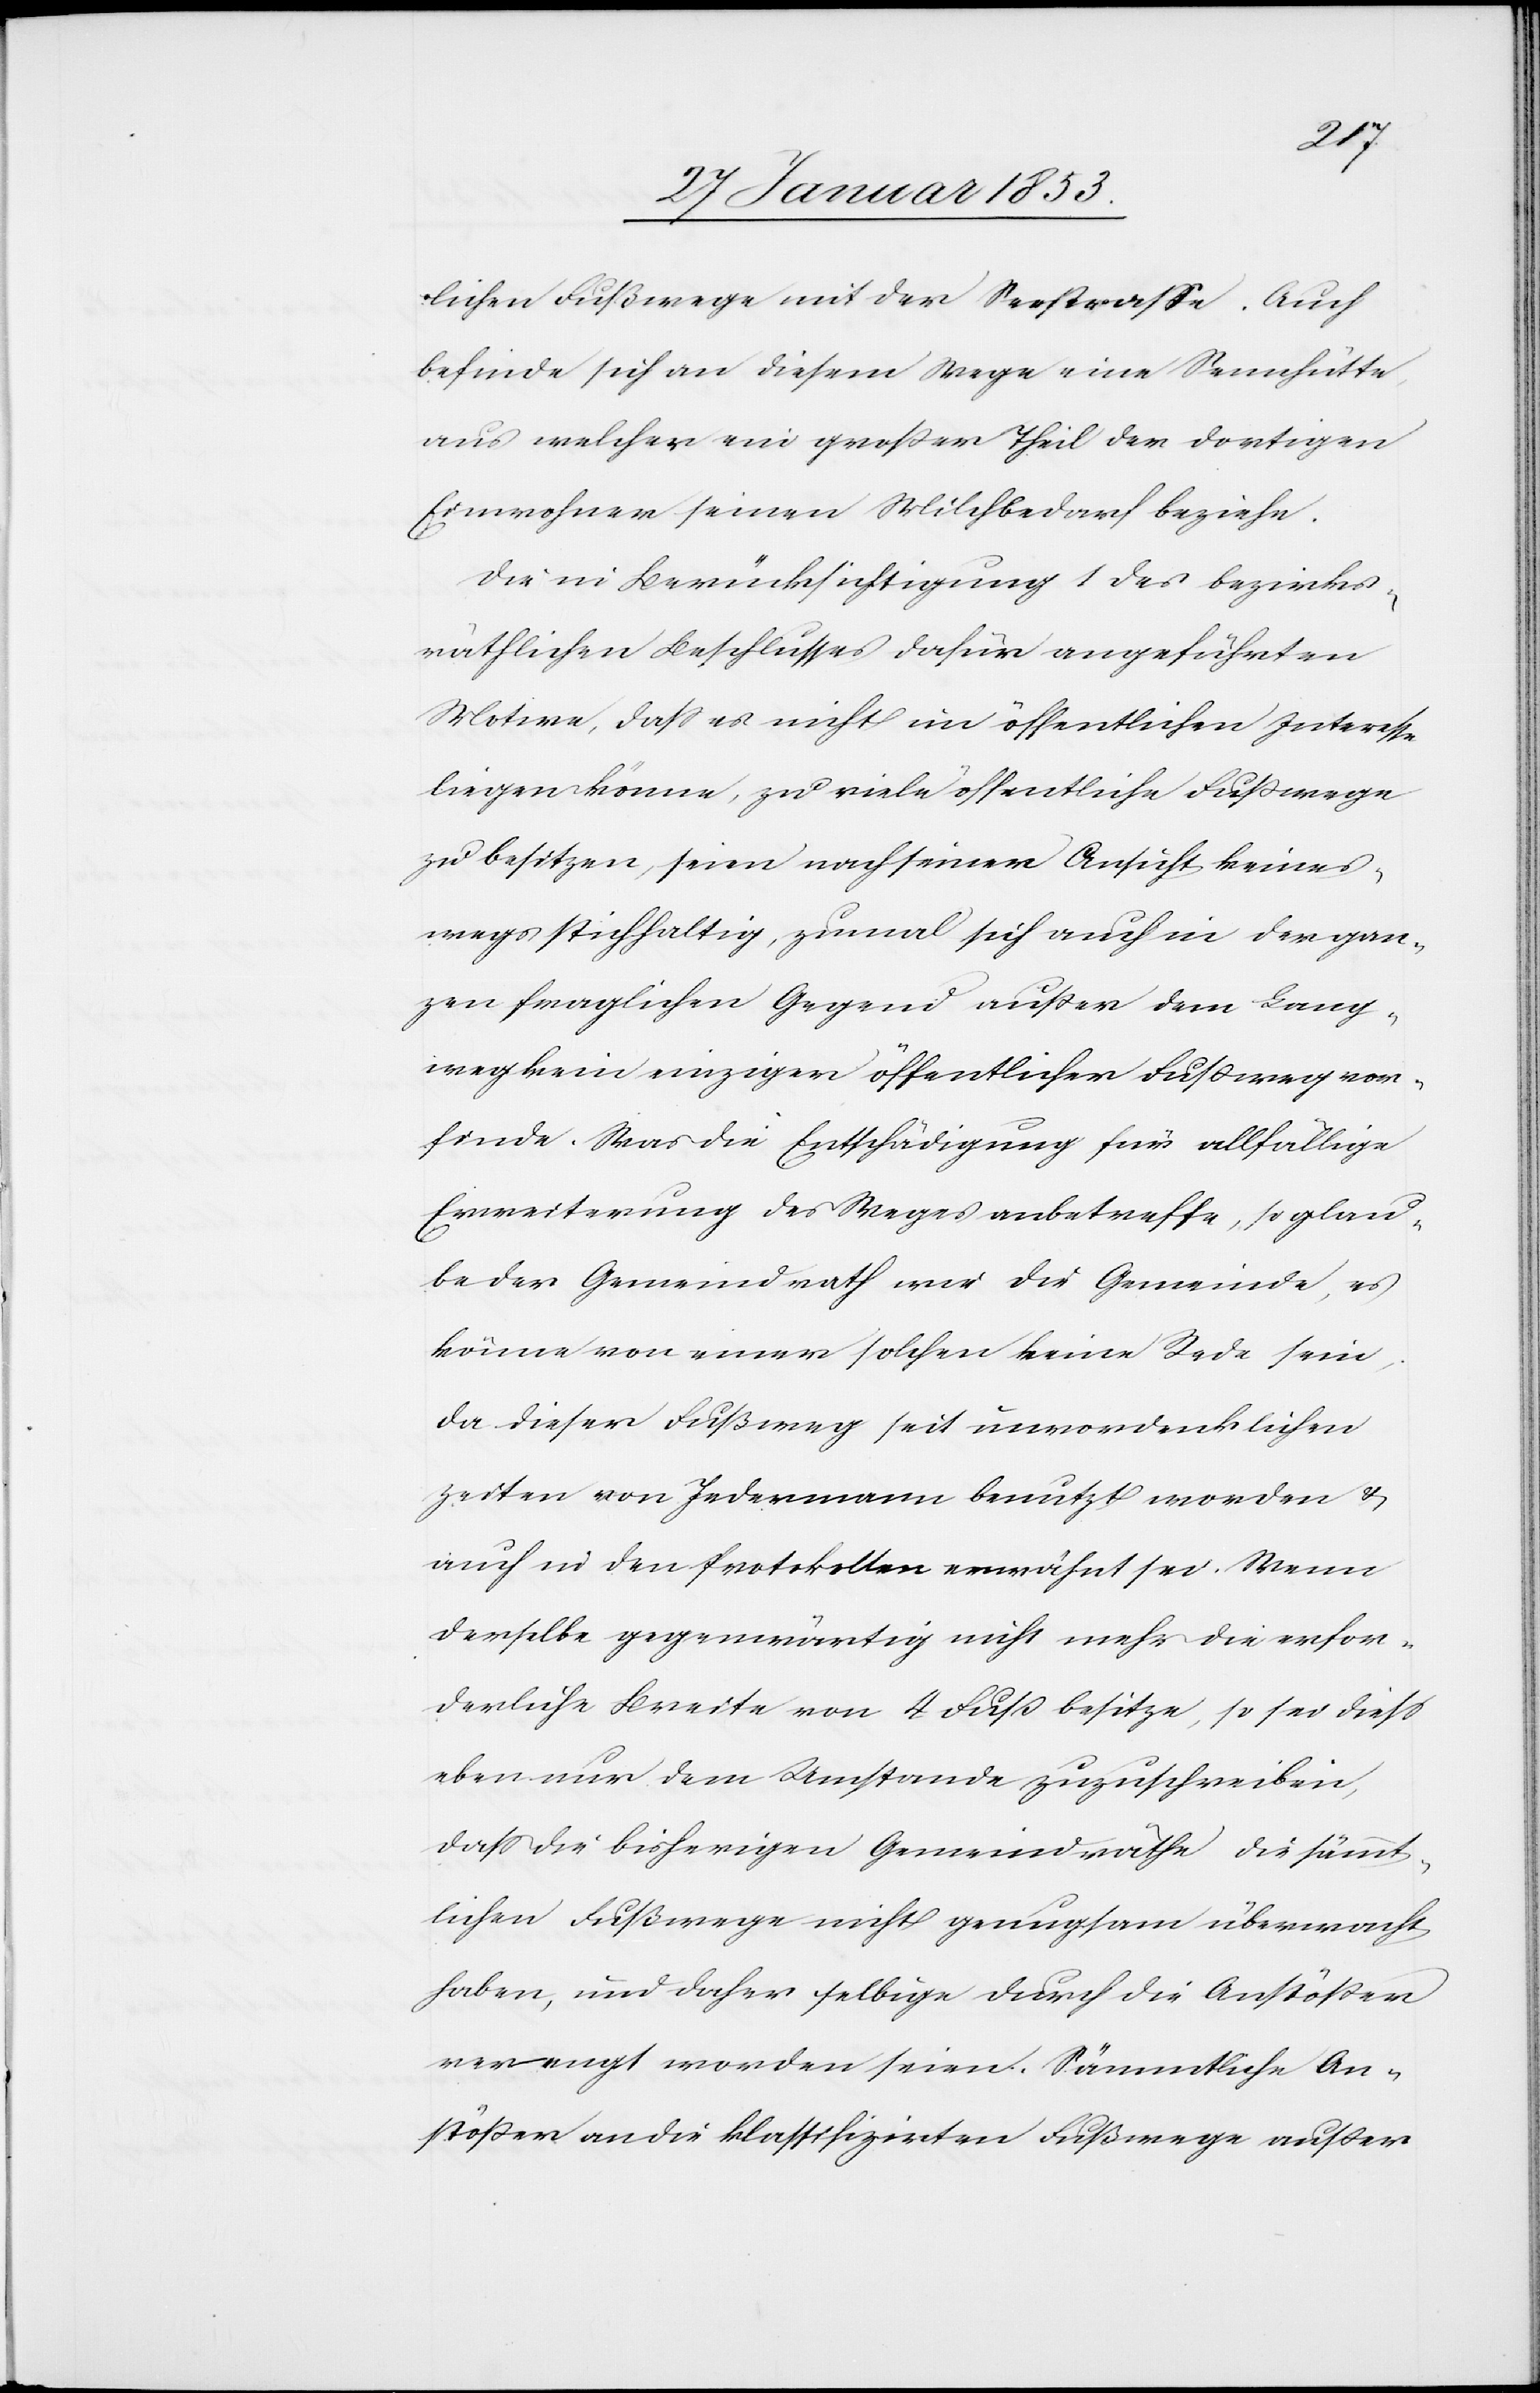
lichen Fußwege mit der Seestraße. Auch
befinde sich an diesem Wege eine Sennhütte
aus welcher ein großer Theil der dortigen
Einwohner seinen Milchbedarf beziehe.
Die in Berücksichtigung 1 des bezirks¬
räthlichen Beschlusses dafür angeführten
Motive, daß es nicht im öffentlichen Interesse
liegen könne, zu viele öffentliche Fußwege
zu besitzen, seien nach seiner Ansicht keines¬
wegs stichhaltig, zumal sich auch in der gan¬
zen fraglichen Gegend außer dem Lang¬
weg kein einziger öffentlicher Fußweg vor¬
finde. Was die Entschädigung für allfällige
Erweiterung des Weges anbetreffe, so glau¬
be der Gemeindrath wie die Gemeinde, es
könne von einer solchen keine Rede sein,
da dieser Fußweg seit unvordenklichen
Zeiten von Jedermann benutzt worden u.
auch in den Protokollen erwähnt sei. Wenn
derselbe gegenwärtig nicht mehr die erfor¬
derliche Breite von 4 Fuß besitze, so sei dieß
eben nur dem Umstande zuzuschreiben,
daß die bisherigen Gemeindräthe die sämmt¬
lichen Fußwege nicht genugsam übermacht
haben, und daher selbige durch die Anstößer
verengt worden seien. Sämmtliche An¬
stößer an die klassifizirten Fußwege außer